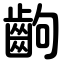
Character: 齣